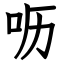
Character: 呖